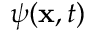
\psi ( \mathbf { x } , t )